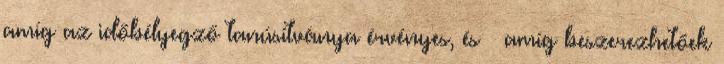
amíg az időbélyegző tanúsítványa érvényes, és  amíg beszerezhetőek